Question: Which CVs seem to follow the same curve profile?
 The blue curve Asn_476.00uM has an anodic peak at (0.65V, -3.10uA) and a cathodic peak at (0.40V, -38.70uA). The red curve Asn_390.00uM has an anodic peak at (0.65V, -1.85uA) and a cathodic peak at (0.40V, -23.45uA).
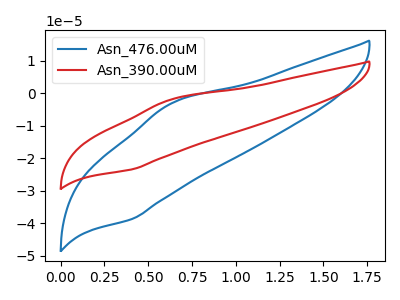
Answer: <think>All the peaks in "Asn_476.00uM" have a peak in "Asn_390.00uM" at the same potential.
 </think>
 <answer>"Asn_476.00uM" and "Asn_390.00uM" have the same shape and are likely CV's of the same chemical.</answer>
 <eval>"Asn_476.00uM" "Asn_390.00uM"</eval>